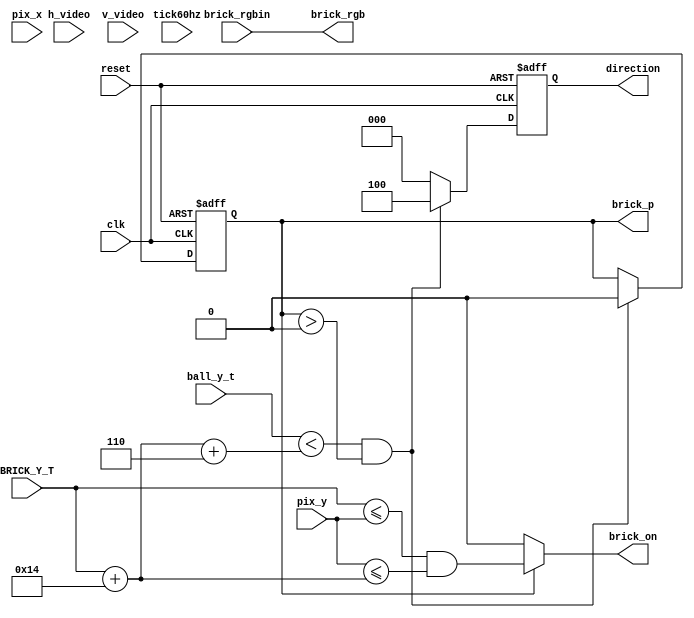
`timescale 1ns / 1ps
//////////////////////////////////////////////////////////////////////////////////
// Company: 
// Engineer: 
// 
// Design Name: 
// Module Name: bricktest
// Project Name: 
// Target Devices: 
// Tool Versions: 
// Description: 
// 
// Dependencies: 
// 
// Revision:
// Revision 0.01 - File Created
// Additional Comments:
// 
//////////////////////////////////////////////////////////////////////////////////


module bricktest(  clk,
                   reset,
                   h_video,
                   v_video,
                   tick60hz,
                   pix_x,
                   pix_y,
                   ball_y_t,
                   brick_on,
                   brick_rgb,
                   direction,
                   BRICK_Y_T,
                   brick_rgbin,
                   brick_p);
                   
input  clk, reset, tick60hz, h_video, v_video;
input [2:0] brick_rgbin;
input [9:0] pix_x, pix_y, ball_y_t;
output brick_on;
output [2:0] brick_rgb;
output reg brick_p;
output reg [2:0] direction; 
input [9:0] BRICK_Y_T;
wire [9:0] BRICK_Y_B;


   
   always @(posedge clk, posedge reset)
      if (reset)
         begin
            brick_p <= 1'b1;
            direction <= 3'b000; 
         end
      else
         begin
            if ((ball_y_t  < BRICK_Y_B+6) && (brick_p > 1'b0)) begin 
               brick_p <= 1'b0;
               direction <= 3'b100;
            end
          else 
          direction <= 3'b000;
         end    
         
   assign brick_on = (brick_p)? (BRICK_Y_T<=pix_y) && (pix_y<=BRICK_Y_B): 1'b0;
   // brick rgb output
    assign brick_rgb = brick_rgbin;
    assign BRICK_Y_B =  BRICK_Y_T +20;

endmodule